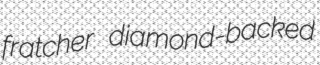
fratcher diamond-backed